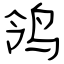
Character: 鸰